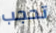
تحجب